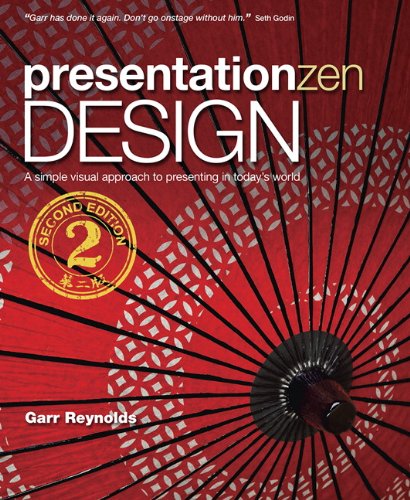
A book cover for Presentation Zen Design: Simple Design Principles and Techniques to Enhance Your Presentations (2nd Edition) (Graphic Design & Visual Communication Courses); Garr Reynolds; Business & Money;